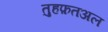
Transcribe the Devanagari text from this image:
तुहफ़तअल